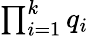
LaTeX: \textstyle\prod_{i=1}^{k}q_{i}